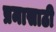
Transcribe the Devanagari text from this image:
प्रमासाठी